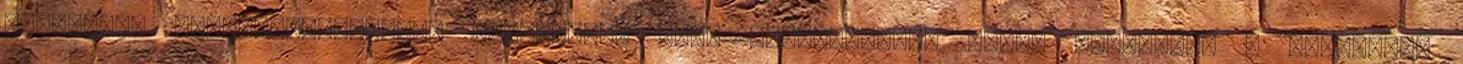
kijavítás következményeként jelentkező hiba tekintetében újból kezdődik. A jótállási